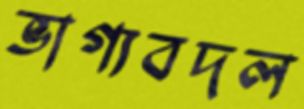
ভাগ্যবদল